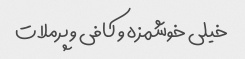
خیلی خوشمزه و کافی و پرملات